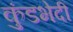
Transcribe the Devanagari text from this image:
कुंडभेदी